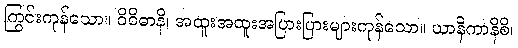
ကြွင်းကုန်သော။ ဝိဝိဓာနိ၊ အထူးအထူးအပြားပြားများကုန်သော။ ယာနိကာနိစိ၊